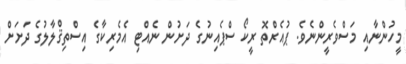
މީހުންނާއި މަސްވެރީންނެވެ. ޕުއެރްތޮ ރީކޯ ސްޕެއިނުގެ ދަށުން ނެއްޓި އެމެރިކާގެ އިސްތިޤްލާލުގެ ދަށަށް